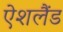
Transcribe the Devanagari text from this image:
ऐशलैंड